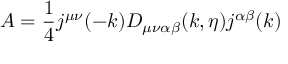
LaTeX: A = \frac { 1 } { 4 } j ^ { \mu \nu } ( - k ) D _ { \mu \nu \alpha \beta } ( k , \eta ) j ^ { \alpha \beta } ( k )